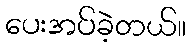
ပေးအပ်ခဲ့တယ်။